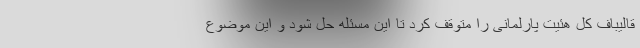
قالیباف کل هئیت پارلمانی را متوقف کرد تا این مسئله حل شود و این موضوع